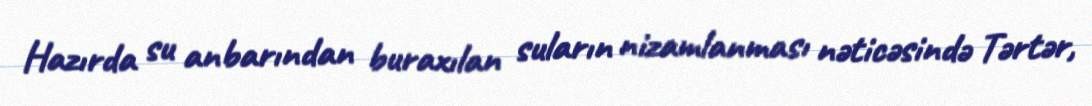
Hazırda su anbarından buraxılan suların nizamlanması nəticəsində Tərtər,